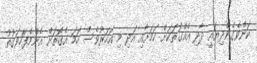
ކަންވެގެންދިޔައީ ދާދި އެއްގޮތަކަށް ކަމަށާއި އަދި މި އަހަރުވެސް ހަމަ އެގޮތަށް އެންމެފަހުވަގުތު